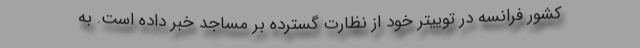
کشور فرانسه در توییتر خود از نظارت گسترده بر مساجد خبر داده است. به